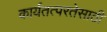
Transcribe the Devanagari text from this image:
कार्यतत्परतेसाठी